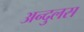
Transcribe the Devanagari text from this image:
अन्दुलस